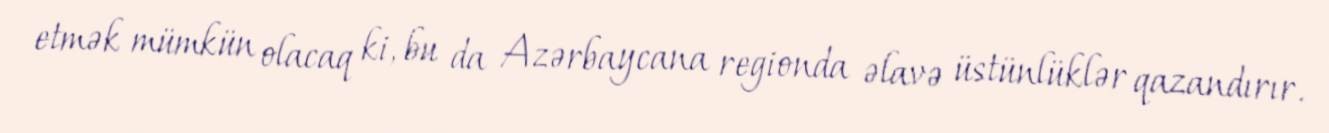
etmək mümkün olacaq ki, bu da Azərbaycana regionda əlavə üstünlüklər qazandırır.